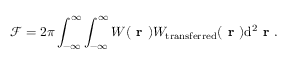
\mathcal { F } = 2 \pi \int _ { - \infty } ^ { \infty } \int _ { - \infty } ^ { \infty } W ( \textbf { r } ) W _ { \mathrm { t r a n s f e r r e d } } ( \textbf { r } ) \mathrm { d } ^ { 2 } \textbf { r } .